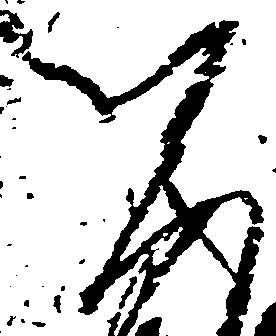
資